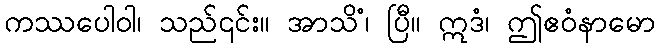
ကဿပေါဝါ၊ သည်၎င်း။ အာသိံ၊ ပြီ။ ဣဒံ၊ ဤဧဝံနာမော